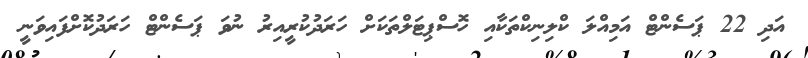
އަދި 22 ޕަސެންޓް އަމިއްލަ ކްލިނިކްތަކާއި ހޮސްޕިޓަލްތަކަށް ހަރަދުކުރީއިރު ނުވަ ޕަސެންޓް ހަރަދުކޮށްފައިވަނީ